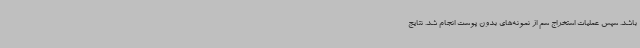
باشد. سپس عملیات استخراج سم از نمونه‌های بدون پوست انجام شد. نتایج